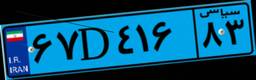
۶۰D۶۹۵۲۳